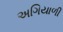
અગિયાળી